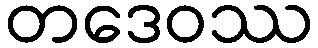
တဒေဝဿ